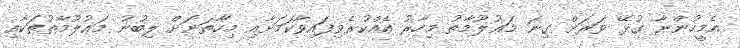
އެމީހުންނާ ގުޅޭ ވަރަށް ގިނަ މަޢުލޫމާތު މިހާރު އެއްކުރެވިފައިވާކަމަށާއި މިހާތަނަށް ލިބުނު މަޢުލޫމާތުތަކާއި